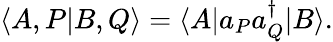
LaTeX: \langle A,P|B,Q\rangle=\langle A|a_{P}a_{Q}^{\dagger}|B\rangle.